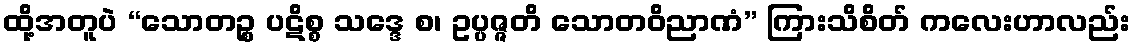
ထို့အတူပဲ “သောတဉ္စ ပဋိစ္စ သဒ္ဒေ စ၊ ဥပ္ပဇ္ဇတိ သောတဝိညာဏံ” ကြားသိစိတ် ကလေးဟာလည်း